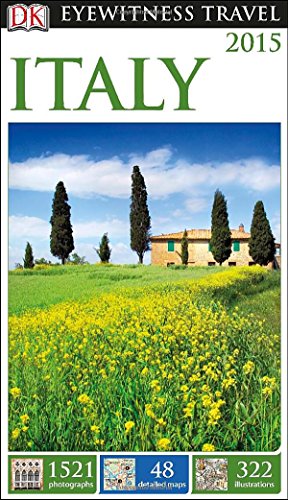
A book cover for DK Eyewitness Travel Guide: Italy; DK Publishing; Travel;